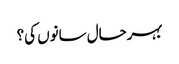
بہرحال سانوں کی؟